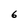
Character: 6